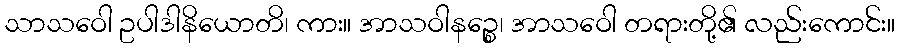
သာသဝေါ ဥပါဒါနိယောတိ၊ ကား။ အာသဝါနဉ္စေ၊ အာသဝေါ တရားတို့၏ လည်းကောင်း။